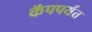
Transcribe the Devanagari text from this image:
कॅपपर्यंत